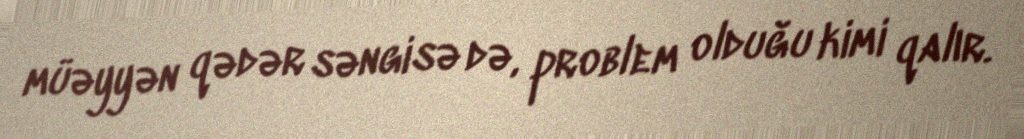
müəyyən qədər səngisə də, problem olduğu kimi qalır.